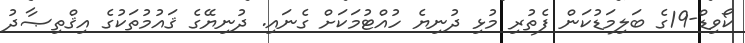
ކޯވިޑް-19ގެ ބަލިމަޑުކަން ފެތުރި މުޅި ދުނިޔެ ހުއްޓުމަކަށް ގެނައި. ދުނިޔޭގެ ޤައުމުތަކުގެ އިޤްތިޞާދު